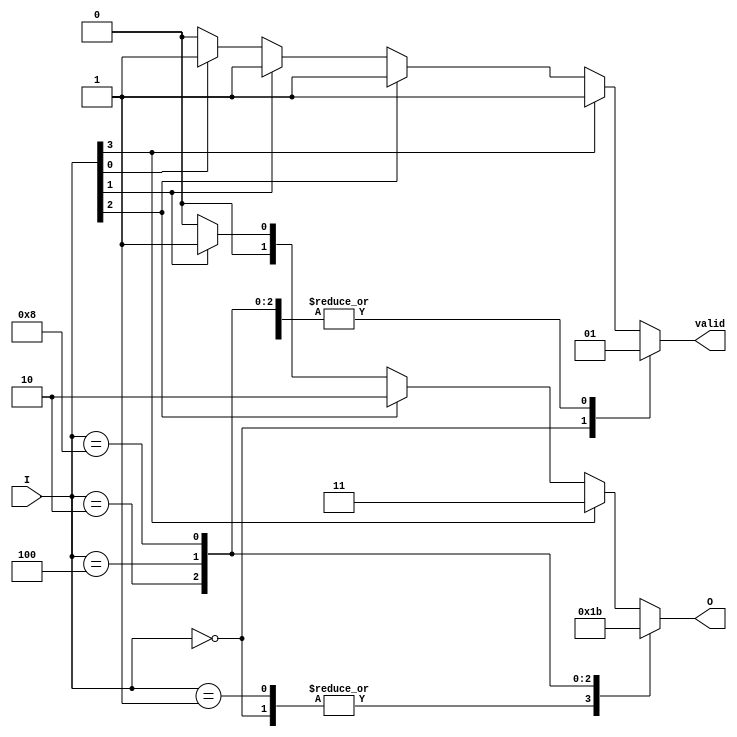
module multilevel_encoder (
    input wire [3:0] I,         // 4 input lines
    output reg [1:0] O,         // 2 output lines representing binary equivalent
    output reg valid             // Valid signal (1: valid input, 0: invalid input)
);

// Always block to handle encoding logic
always @(*) begin
    // Default values
    O = 2'b00;
    valid = 1'b0; // assume invalid unless we find a valid input

    // Priority Encoding Logic
    case (I)
        4'b0000: begin
            // No input is active, set valid to 0
            valid = 1'b0;
            O = 2'b00; // Output can denote invalid situation
        end
        4'b0001: begin
            valid = 1'b1;
            O = 2'b00; // I0 active
        end
        4'b0010: begin
            valid = 1'b1;
            O = 2'b01; // I1 active
        end
        4'b0100: begin
            valid = 1'b1;
            O = 2'b10; // I2 active
        end
        4'b1000: begin
            valid = 1'b1;
            O = 2'b11; // I3 active
        end
        default: begin
            // Handle multiple inputs active
            // Assuming I3 has the highest priority
            if (I[3]) begin
                valid = 1'b1;
                O = 2'b11; // I3 active
            end
            else if (I[2]) begin
                valid = 1'b1;
                O = 2'b10; // I2 active
            end
            else if (I[1]) begin
                valid = 1'b1;
                O = 2'b01; // I1 active
            end
            else if (I[0]) begin
                valid = 1'b1;
                O = 2'b00; // I0 active
            end
        end
    endcase
end

endmodule